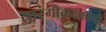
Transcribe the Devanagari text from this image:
सारंगीवादकांनी